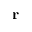
\mathbf { r }